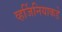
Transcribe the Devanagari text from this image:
व्हर्जिनियाकडे